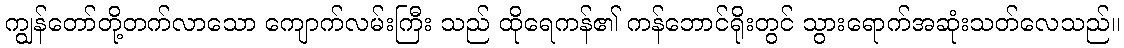
ကျွန်တော်တို့တက်လာသော ကျောက်လမ်းကြီး သည် ထိုရေကန်၏ ကန်ဘောင်ရိုးတွင် သွားရောက်အဆုံးသတ်လေသည်။